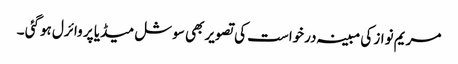
مریم نواز کی مبینہ درخواست کی تصویر بھی سوشل میڈیا پر وائرل ہوگئی ۔